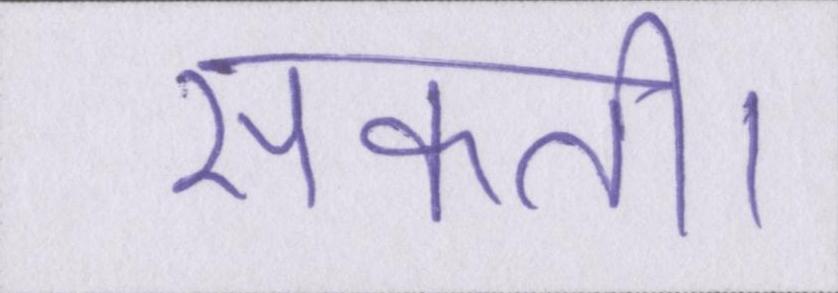
सकती।